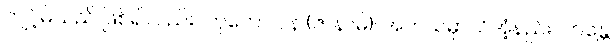
ကျင့်မိသည် ဖြစ်၍လည်း။ ကုတော ပန (ဇာနာမိ)၊ အဘယ်မှာသိအံ့နည်း။ ဘန္တေ၊